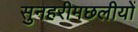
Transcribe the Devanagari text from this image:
सुनहरीमछलीयों